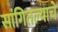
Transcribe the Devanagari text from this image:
सांगितल्याचे